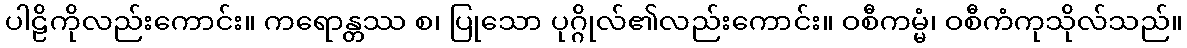
ပါဠိကိုလည်းကောင်း။ ကရောန္တဿ စ၊ ပြုသော ပုဂ္ဂိုလ်၏လည်းကောင်း။ ဝစီကမ္မံ၊ ဝစီကံကုသိုလ်သည်။